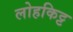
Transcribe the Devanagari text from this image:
लोहकिट्ट